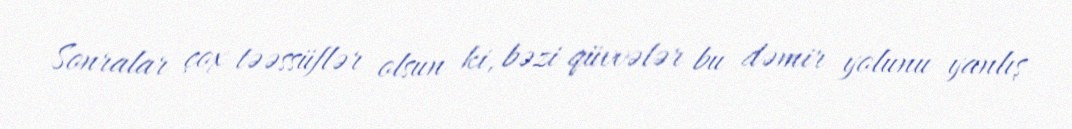
Sonralar çox təəssüflər olsun ki, bəzi qüvvələr bu dəmir yolunu yanlış